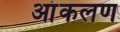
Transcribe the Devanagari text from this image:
आंकलण